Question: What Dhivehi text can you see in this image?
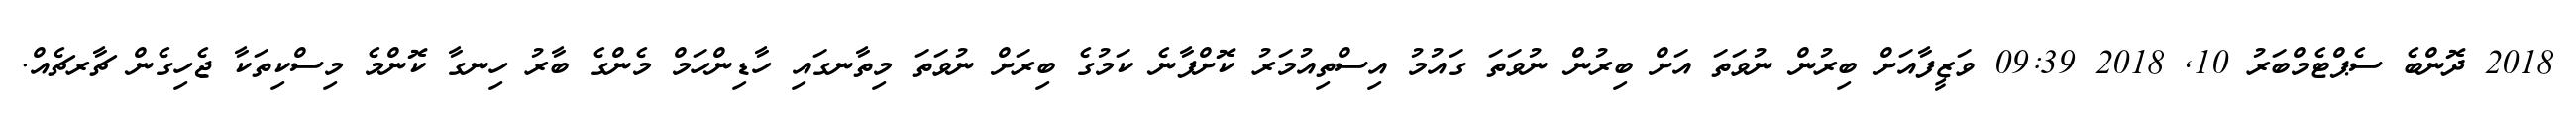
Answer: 2018 ދޮންބެ ސެޕްޓެމްބަރު 10, 2018 09:39 ވަޒީފާއަށް ބިރުން ނުވަތަ އަށް ބިރުން ނުވަތަ ގައުމު އިސްތިއުމަރު ކޮށްފާނެ ކަމުގެ ބިރަށް ނުވަތަ މިތާނގައި ހާޑިންހަމް މެންގެ ބާރު ހިނގާ ކޮންމެ މިސްކިތަކާ ޖެހިގެން ޗާރޗެއް.